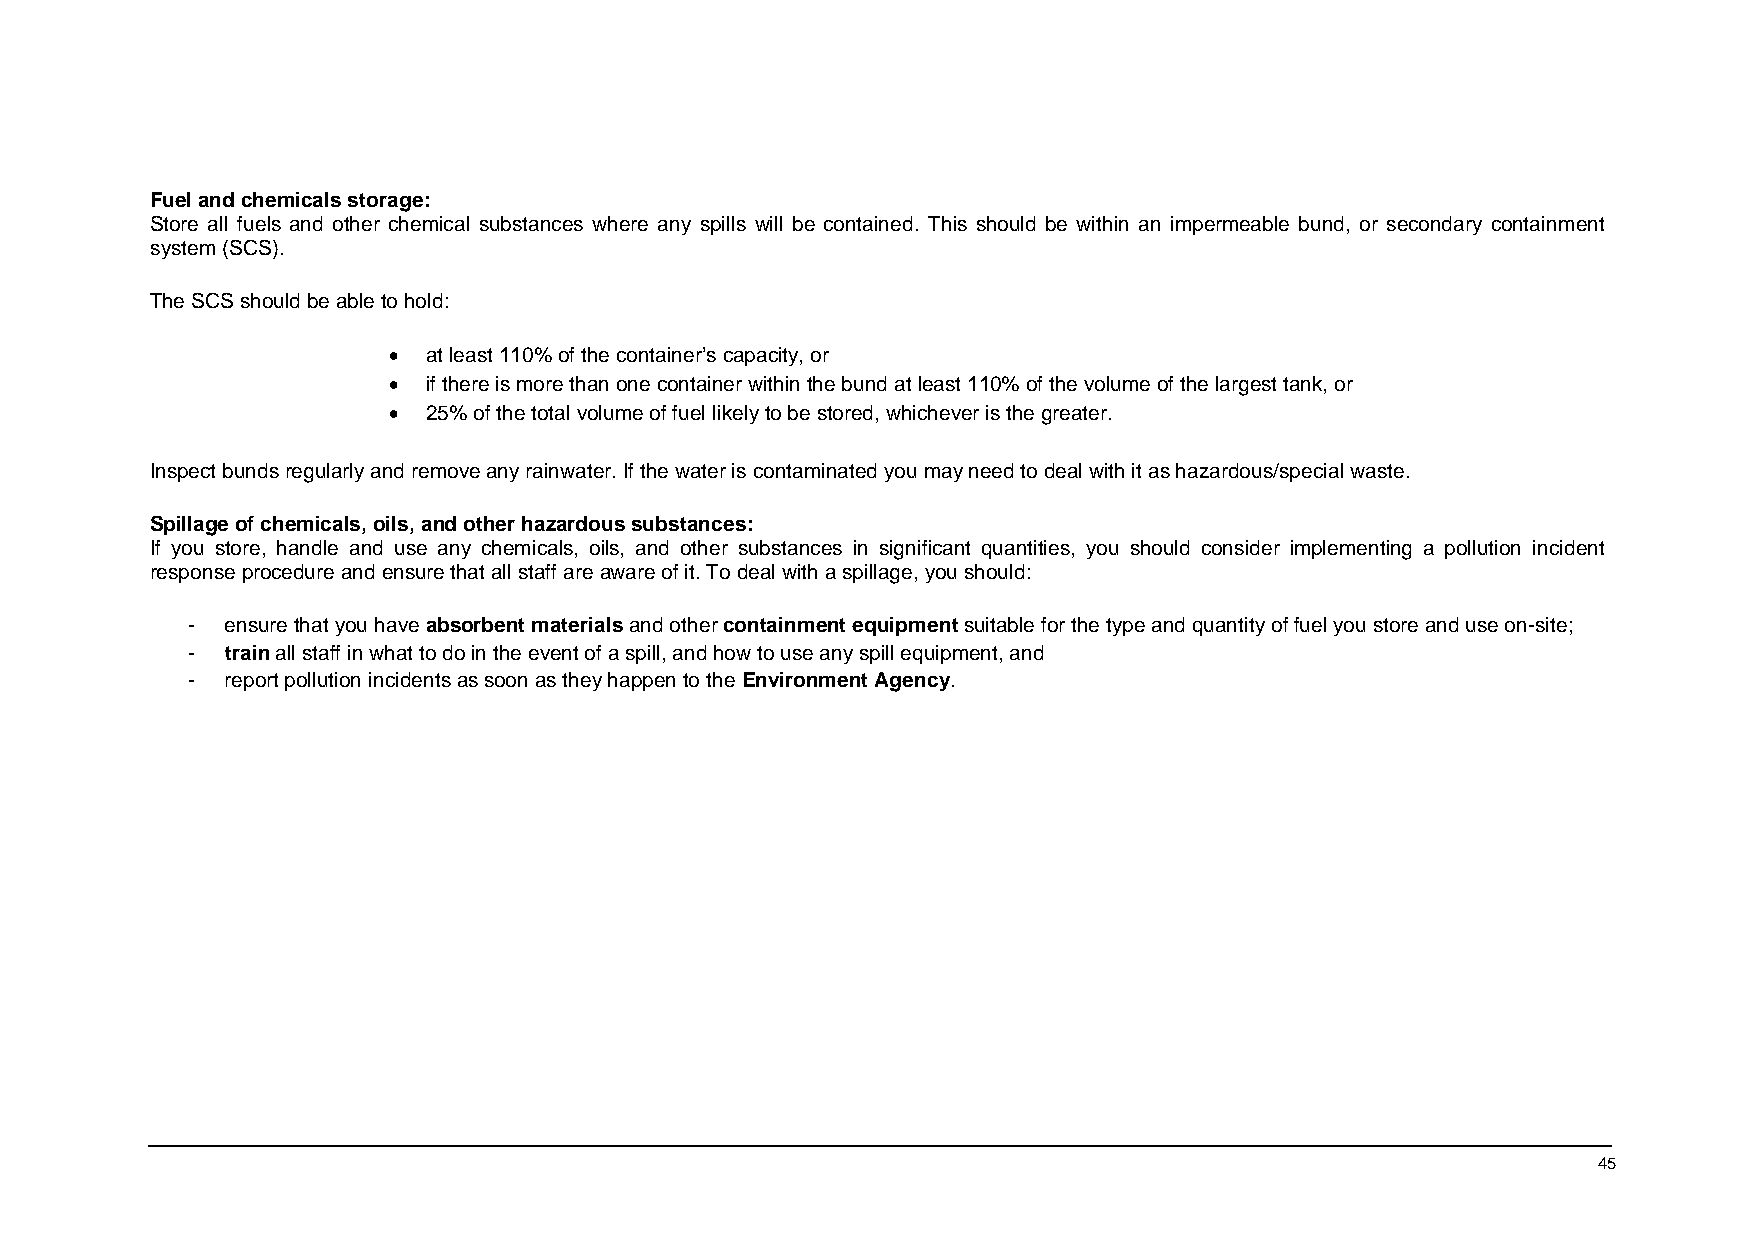
Fuel and chemicals storage:
 Store all fuels and other chemical substances where any spills will be contained. This should be within an impermeable bund, or secondary containment
 system (SCS).
 The SCS should be able to hold:
 • at least 110% of the container’s capacity, or
 • if there is more than one container within the bund at least 110% of the volume of the largest tank, or
 • 25% of the total volume of fuel likely to be stored, whichever is the greater.
 Inspect bunds regularly and remove any rainwater. If the water is contaminated you may need to deal with it as hazardous/special waste.
 Spillage of chemicals, oils, and other hazardous substances:
 If you store, handle and use any chemicals, oils, and other substances in significant quantities, you should consider implementing a pollution incident
 response procedure and ensure that all staff are aware of it. To deal with a spillage, you should:
 -  ensure that you have absorbent materials and other containment equipment suitable for the type and quantity of fuel you store and use on-site;
 -  train all staff in what to do in the event of a spill, and how to use any spill equipment, and
 -  report pollution incidents as soon as they happen to the Environment Agency.
 45